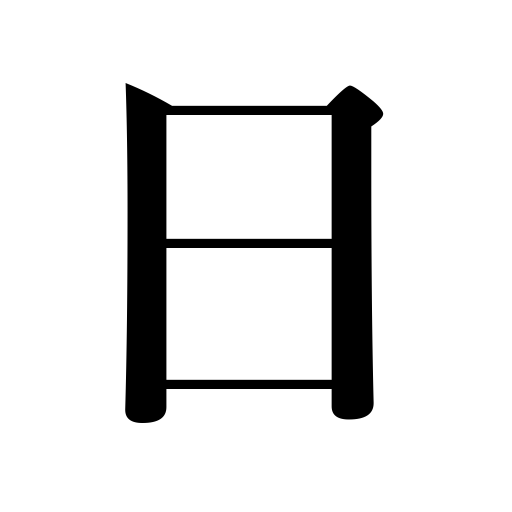
Meanings: time,date,Sunday,sun,day